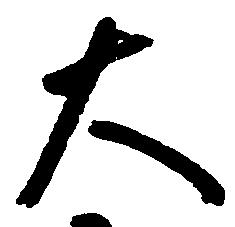
大